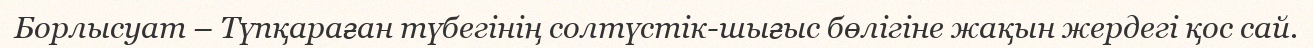
Борлысуат – Түпқараған түбегінің солтүстік-шығыс бөлігіне жақын жердегі қос сай.